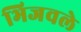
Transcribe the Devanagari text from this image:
भिजवले